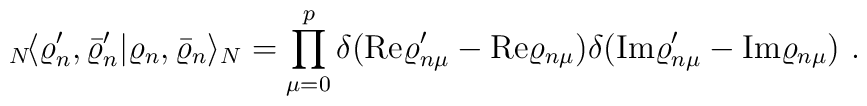
{}_N\!\langle \varrho'_{n},\bar{\varrho}'_{n}|        \varrho_{n},\bar{\varrho}_{n}\rangle_N = \prod_{\mu=0}^{p}   \delta(\mathrm{Re}\varrho'_{n\mu}-\mathrm{Re}\varrho_{n\mu})   \delta(\mathrm{Im}\varrho'_{n\mu}-\mathrm{Im}\varrho_{n\mu})~.